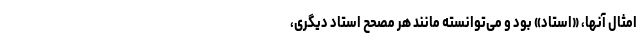
امثالِ آنها، «استاد» بود و می‌توانسته مانند هر مصححِ استادِ دیگری،